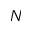
N